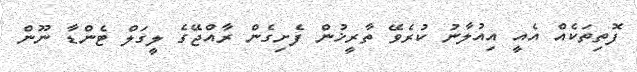
ފޮތިތަކެއް އެއީ އިއުލާނު ކުރެވޭ ތާރީޚުން ފެށިގެން ރާއްޖޭގެ ލީގަލް ޓެންޑާ ނޫން